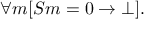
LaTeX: \forall m [ S m = 0 \rightarrow \bot ] .